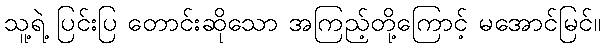
သူ့ရဲ့ ပြင်းပြ တောင်းဆိုသော အကြည့်တို့ကြောင့် မအောင်မြင်။